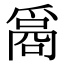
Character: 𤔦